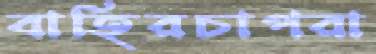
বাহিরচাপরা